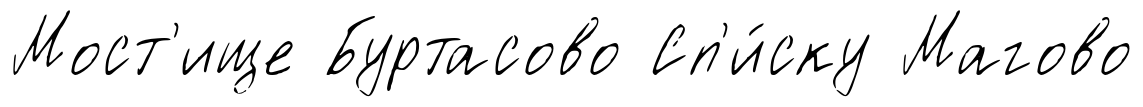
Мост'ище Буртасово Сп'и́ску Магово